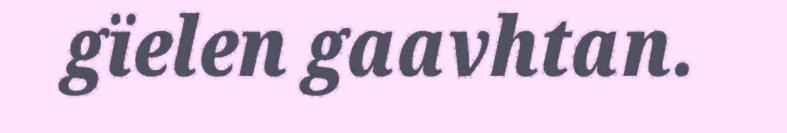
gïelen gaavhtan.